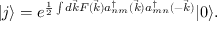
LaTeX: | j \rangle = e ^ { \frac { 1 } { 2 } \int d \vec { k } F ( \vec { k } ) a _ { n m } ^ { \dagger } ( \vec { k } ) a _ { m n } ^ { \dagger } ( - \vec { k } ) } | 0 \rangle .